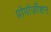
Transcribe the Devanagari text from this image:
प्रोपोज़ीशन